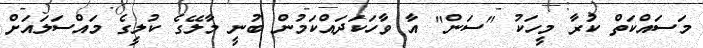
މަސައްކަތް ކުރާ މީހަކު "ސަން" އާ ވާހަކަދައްކަމުން ބުނީ މާލޭގެ ކުލީގެ މައްސަލައަށް